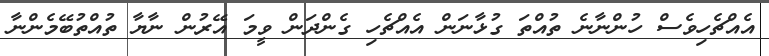
އެއްޗެހިވެސް ހުންނާނެ ތުއްތަ ގުޅާނަން އެއްޗެހި ގެންދަން ވީމަ އޭރުން ނާޔާ ތުއްތުބޭމެންނާ